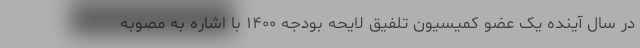
در سال آینده یک عضو کمیسیون تلفیق لایحه بودجه ١۴٠٠ با اشاره به مصوبه